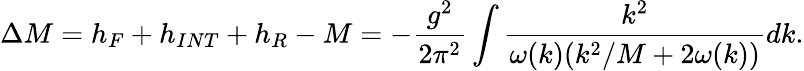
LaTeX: \Delta M=h_{F}+h_{INT}+h_{R}-M=-{\frac{g^{2}}{2\pi^{2}}}\int{\frac{k^{2}}{\omega(k)(k^{2}/M+2\omega(k))}}dk.